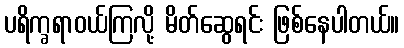
ပရိက္ခရာဝယ်ကြလို့ မိတ်ဆွေရင်း ဖြစ်နေပါတယ်။